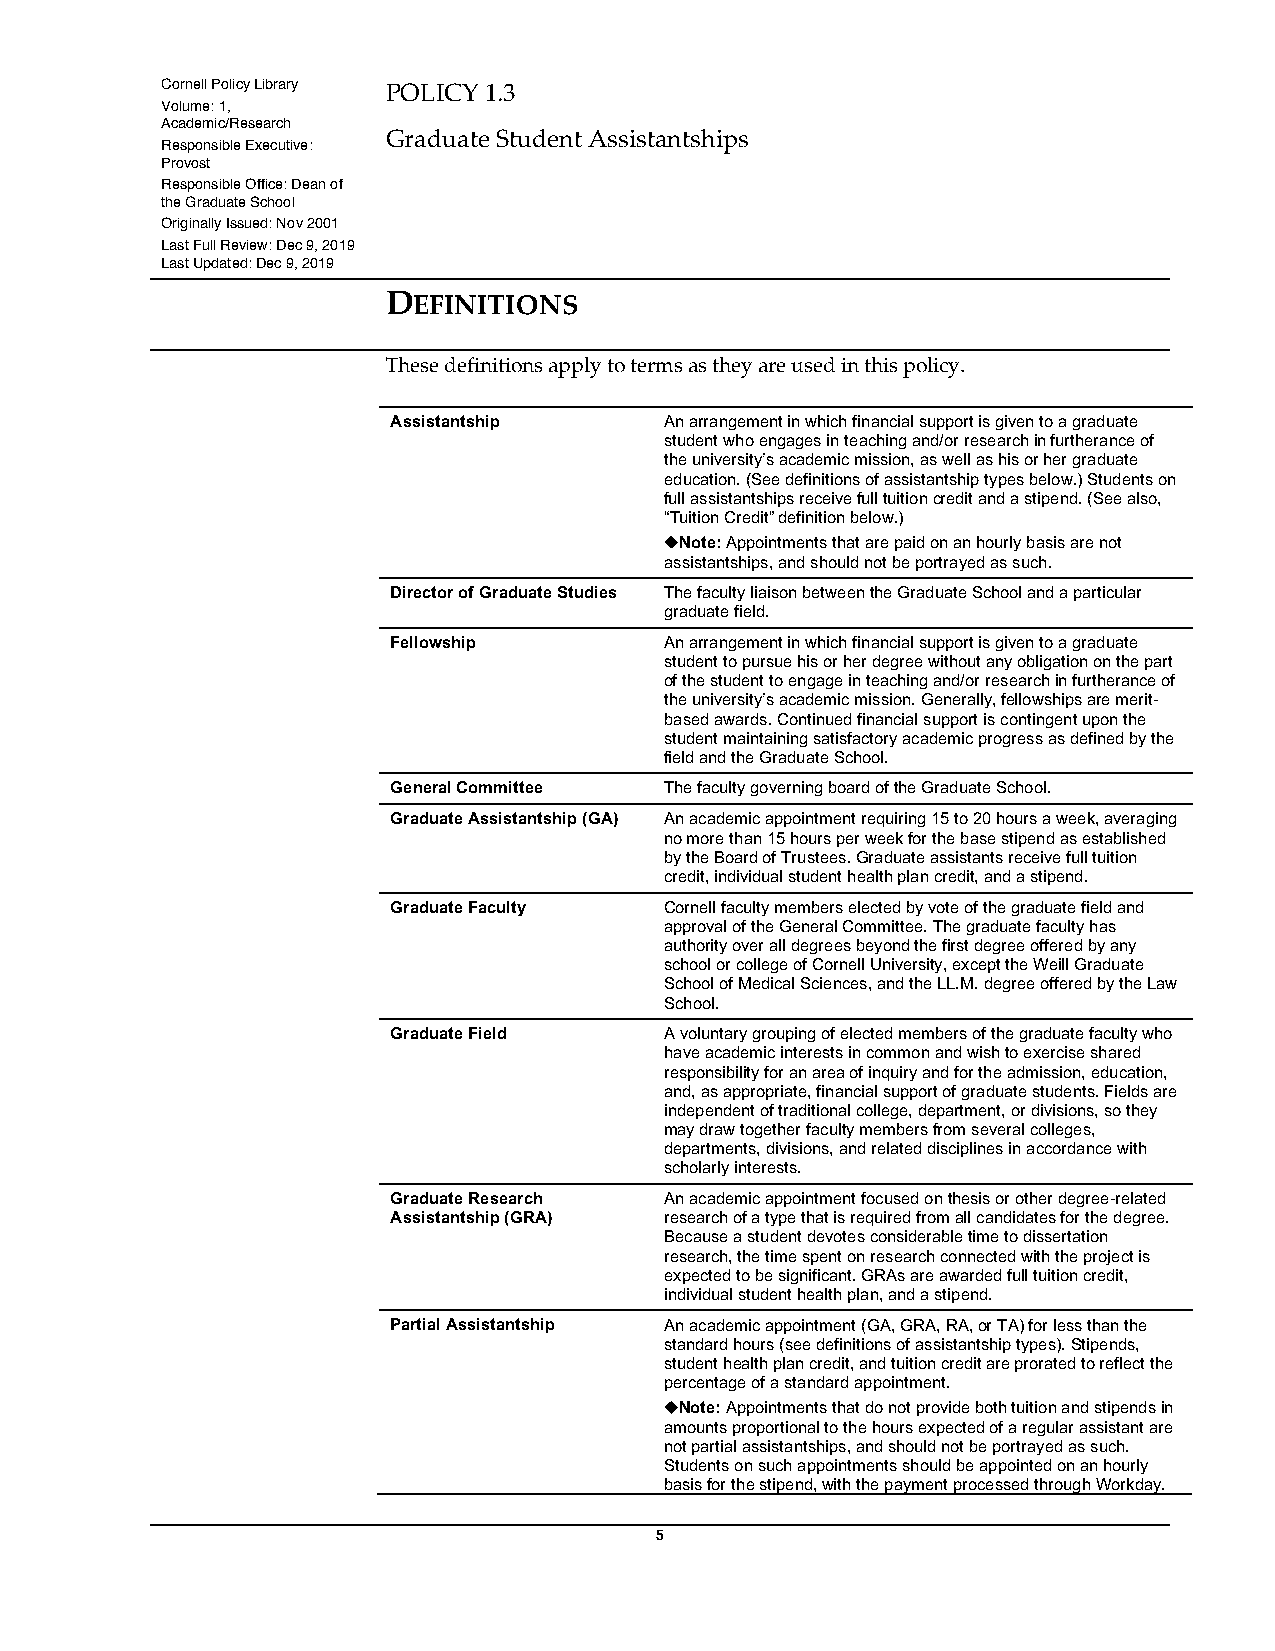
Cornell Policy Library POLICY 1.3
 Volume: 1,
 Academic/Research
 Graduate Student Assistantships
 Responsible Executive:
 Provost
 Responsible Office: Dean of
 the Graduate School
 Originally Issued: Nov 2001
 Last Full Review: Dec 9, 2019
 Last Updated: Dec 9, 2019
 DEFINITIONS
 These definitions apply to terms as they are used in this policy.
 Assistantship     An arrangement in which financial support is given to a graduate
 student who engages in teaching and/or research in furtherance of
 the university’s academic mission, as well as his or her graduate
 education. (See definitions of assistantship types below.) Students on
 full assistantships receive full tuition credit and a stipend. (See also,
 “Tuition Credit” definition below.)
 ¿Note: Appointments that are paid on an hourly basis are not
 assistantships, and should not be portrayed as such.
 Director of Graduate Studies The faculty liaison between the Graduate School and a particular
 graduate field.
 Fellowship        An arrangement in which financial support is given to a graduate
 student to pursue his or her degree without any obligation on the part
 of the student to engage in teaching and/or research in furtherance of
 the university’s academic mission. Generally, fellowships are merit-
 based awards. Continued financial support is contingent upon the
 student maintaining satisfactory academic progress as defined by the
 field and the Graduate School.
 General Committee The faculty governing board of the Graduate School.
 Graduate Assistantship (GA) An academic appointment requiring 15 to 20 hours a week, averaging
 no more than 15 hours per week for the base stipend as established
 by the Board of Trustees. Graduate assistants receive full tuition
 credit, individual student health plan credit, and a stipend.
 Graduate Faculty  Cornell faculty members elected by vote of the graduate field and
 approval of the General Committee. The graduate faculty has
 authority over all degrees beyond the first degree offered by any
 school or college of Cornell University, except the Weill Graduate
 School of Medical Sciences, and the LL.M. degree offered by the Law
 School.
 Graduate Field    A voluntary grouping of elected members of the graduate faculty who
 have academic interests in common and wish to exercise shared
 responsibility for an area of inquiry and for the admission, education,
 and, as appropriate, financial support of graduate students. Fields are
 independent of traditional college, department, or divisions, so they
 may draw together faculty members from several colleges,
 departments, divisions, and related disciplines in accordance with
 scholarly interests.
 Graduate Research An academic appointment focused on thesis or other degree-related
 Assistantship (GRA) research of a type that is required from all candidates for the degree.
 Because a student devotes considerable time to dissertation
 research, the time spent on research connected with the project is
 expected to be significant. GRAs are awarded full tuition credit,
 individual student health plan, and a stipend.
 Partial Assistantship An academic appointment (GA, GRA, RA, or TA) for less than the
 standard hours (see definitions of assistantship types). Stipends,
 student health plan credit, and tuition credit are prorated to reflect the
 percentage of a standard appointment.
 ¿Note: Appointments that do not provide both tuition and stipends in
 amounts proportional to the hours expected of a regular assistant are
 not partial assistantships, and should not be portrayed as such.
 Students on such appointments should be appointed on an hourly
 basis for the stipend, with the payment processed through Workday.
 5